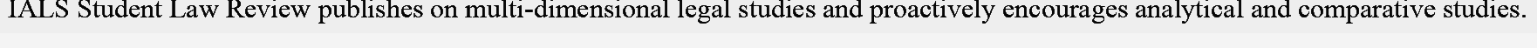
IALS Student Law Review publishes on multi-dimensional legal studies and proactively encourages analytical and comparative studies.